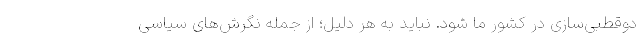
دوقطبی‌سازی در کشور ما شود. نباید به هر دلیل؛ از جمله نگرش‌های سیاسی